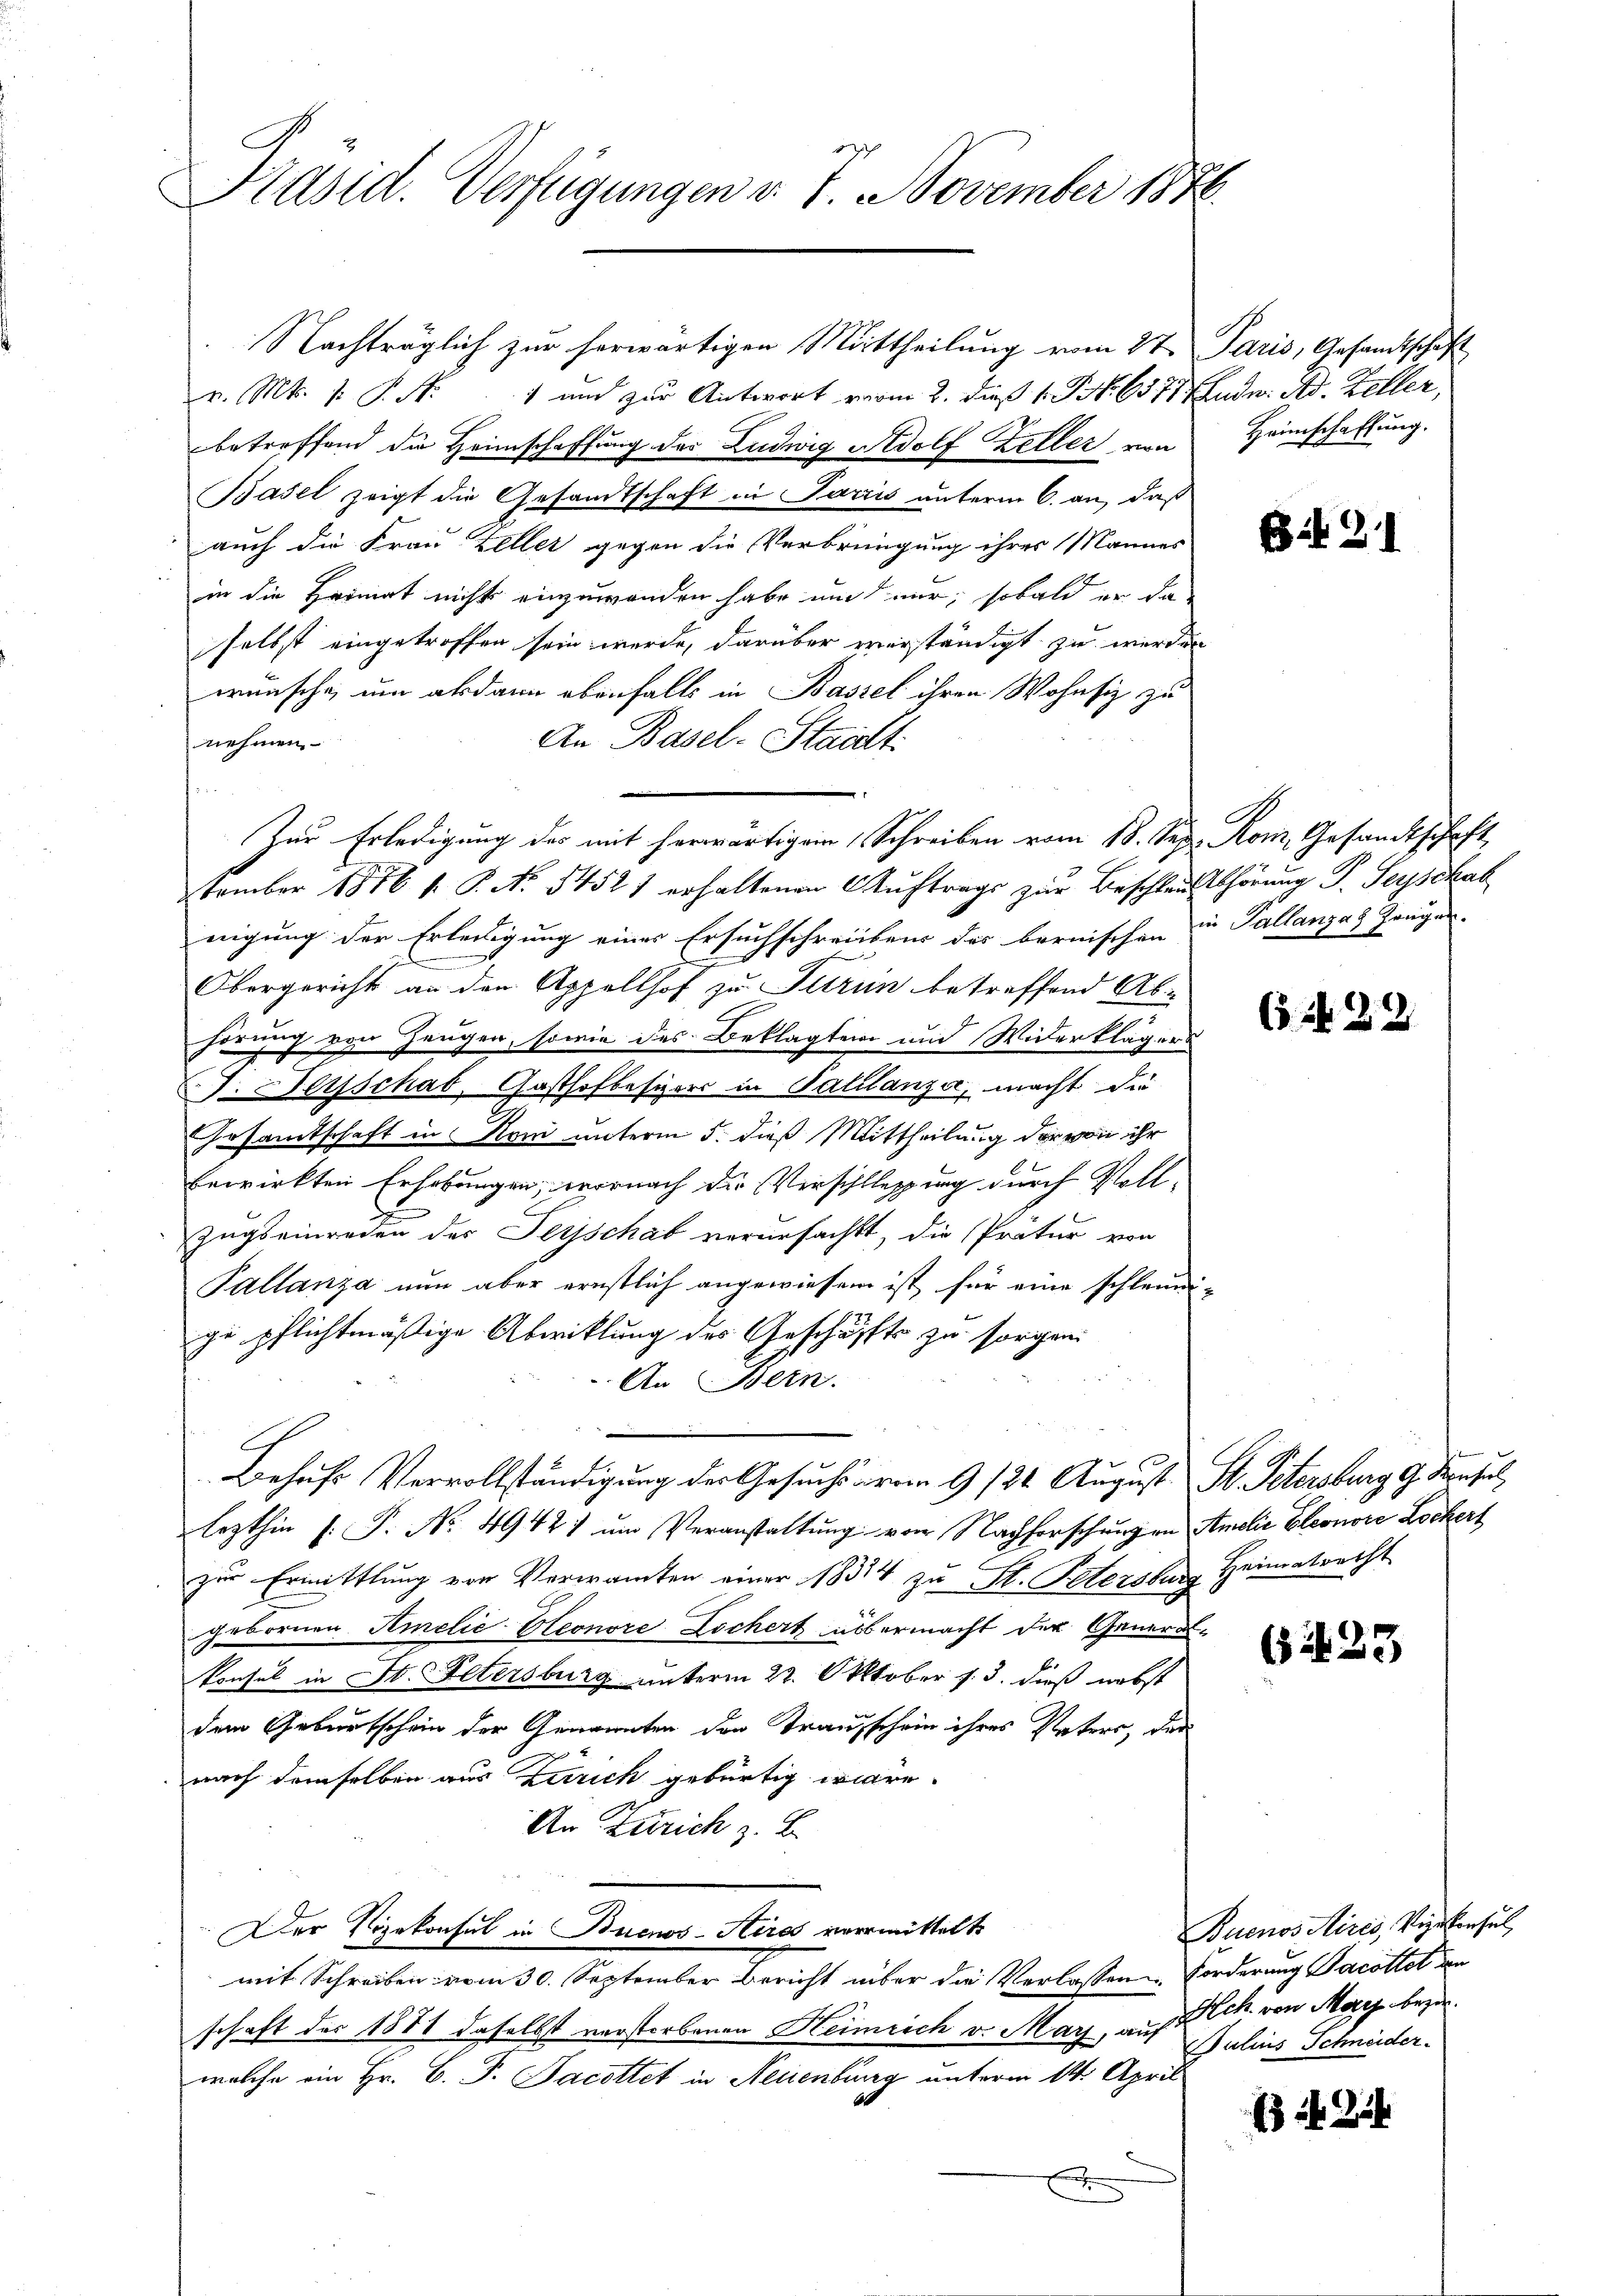
Präsid. Verfügungen v. 7. November 1878.

Nachträglich zur herwärtigen Mittheilung vom 27. Paris, Gesandtschaft
r. Mts. 1. P. Nr. 1 und zur Antwort vom 2. dieß 1 S. 637. Ende. Ad. Keller,
betreffend die Heimschaffung der Ludwig Rudolf Zeller von
Basel zeigt die Gesandtschaft in Parris unterm 6. an, daß
auch die Frau Zeller gegen die Verbringung ihres Mannes
in die Heimat nichts einzuwenden habe um mir, sobald er da
selbst eingetroffen sein werde, darüber verständigt zu werden
wünsche, um alsdann ebenfalls in Bassel ihren Wohnsiz zu
An Basel-Stadt
nehmen.
Zur Erledigung des mit herwärtigem Schreiben vom 18. Sep. Rom. Gesandtschaft
tember 1876 f. P. Nr. 54521 erhaltenen Auftrags zur Beschlausthörung P. Šeyschal
nigung der Erledigung eines Ersuchschreibens des bernischen in Tallanzas Zeugen-
e
Obergericht an den Appellhof zu Turin betreffend Ab-
hörung von Zeugen, sowie des Beklagten und Widerkläger
J. erschab, Gasthofbesizer in Palilanza, macht die
Gesamtschaft in Nani unterm 5. dieß Mittheilung der von ihr
bewirkten Erhebungen, wornach die Verschliessung durch Voll¬
Zugseinreden des Perschab verursacht, die Prätur von
Pallanza nun aber ernstlich angewiesen ist für eine schleunige pflichtmäßige Abwicklung des Geschäffts zu sorgen
An Bern.
Behufs Vervollständigung der Gesuchs avom 9. 126. August St. Petersburg gefal
lezthin 1. P. No. 49421 um Veranstaltung von Nachforschungen Amdie Eleonore Lockert
zur Ermittlung von Verwanten einer 18314 zu St. Petersburg Heimatrecht
gebornen AmelićAeonore Lochert übermacht der Generalkonsul in St. Petersburg unterm 22. Oktober s. 3. dieß nebst
dem Geburtschein der Genannten den Tranzschein ihres Vaters, der
nach demselben aus Zürich gebürtig wäre.
An Zürich z. B.
Der Vizekonsul in Buenos-Aires vermittelt
mit Schreiben vom 30. September bericht über die Verlassen Forderung Jacottet den
schaft der 1871 daselbst verstorbenen Heimrich v. Marz, auf Hch. von May beziewelche ein Hr. C. P. Jacottet in Neuenburg unterm 14. April

Heimschaftung.

Eif. 21

629

(i. 23

Buenos Aires, Kistensel,
Julius Schneider.

34 Zif